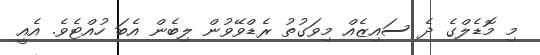
މި މޮޑެލްގެ ދެ ސައިޒެއް މިވަގުތު ރެޑްވޭވުން ލިބެން އެބަ ހުއްޓެވެ. އެއީ